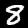
Digit: 8